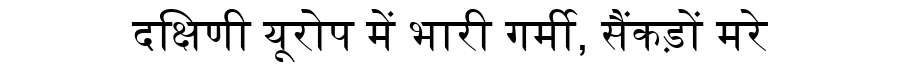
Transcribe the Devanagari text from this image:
दक्षिणी यूरोप में भारी गर्मी, सैंकड़ों मरे